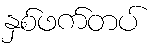
နှစ်ဖက်တပ်